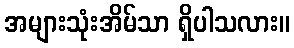
အများသုံးအိမ်သာ ရှိပါသလား။